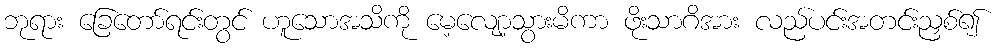
ဘုရား ခြေတော်ရင်းတွင် ဟူသောအသိကို မေ့လျော့သွားမိကာ ဖိုးသာဂိအား လည်ပင်းအတင်းညှစ်၍